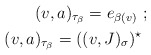
\begin{align*}(v,a)_{\tau_{\beta}}=e_{\beta(v)}\ ;\\(v,a)_{\tau_{\beta}}=((v,J)_\sigma)^\star\ \end{align*}